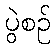
ပွဲစဉ်